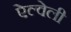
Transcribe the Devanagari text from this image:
ऐल्वेली